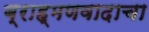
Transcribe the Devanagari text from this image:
ब्राह्मणवादाचा